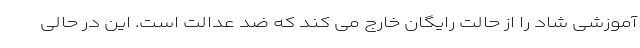
آموزشی شاد را از حالت رایگان خارج می کند که ضد عدالت است. این در حالی